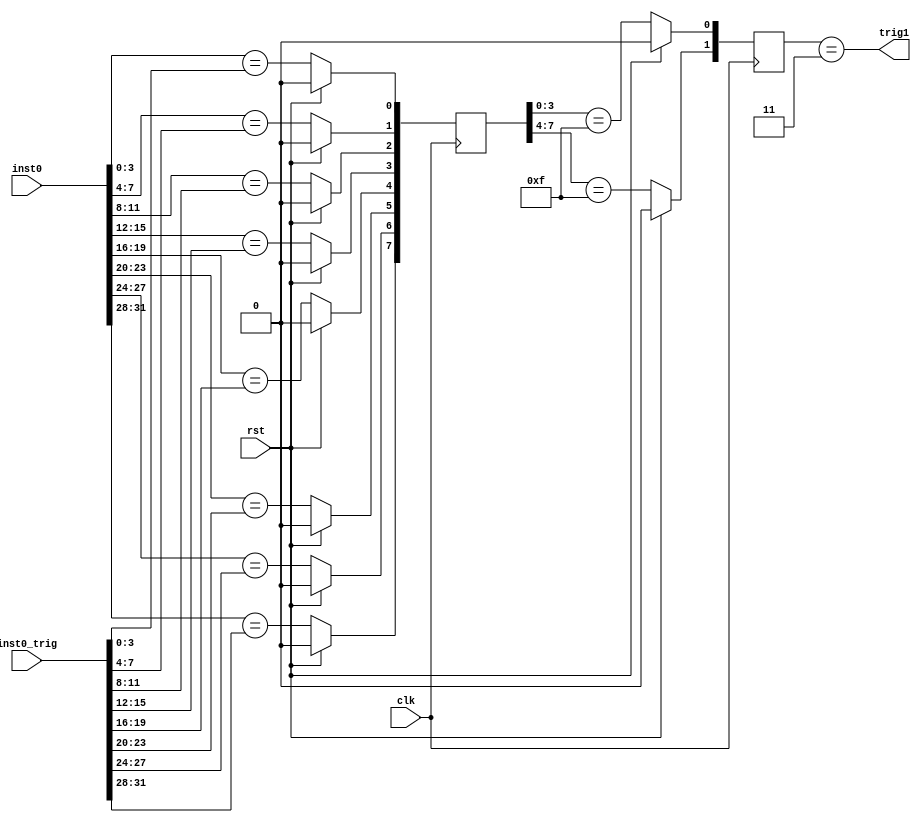
module knockout_trigger
  (
   input wire [31:0] inst0,
   input wire [31:0] inst0_trig,
   input wire 	     clk,
   input wire	     rst,
   output wire	     trig1
   );

   reg [7:0] 	     inst0_level1;
   reg [1:0] 	     inst0_level2;

   assign trig1 = (inst0_level2 == 2'b11);
   // assign trig1 = (inst0 == inst0_trig);
   // assign trig2 = (inst1 == inst1_trig);
   
   always @ (posedge clk) begin
      if (rst) begin
   	 inst0_level2 <= 0;
   	 inst0_level1 <= 0;
      end
      else begin
   	 inst0_level1[0] <= (inst0[3:0] == inst0_trig[3:0]);
   	 inst0_level1[1] <= (inst0[7:4] == inst0_trig[7:4]);
   	 inst0_level1[2] <= (inst0[11:8] == inst0_trig[11:8]);
   	 inst0_level1[3] <= (inst0[15:12] == inst0_trig[15:12]);
   	 inst0_level1[4] <= (inst0[19:16] == inst0_trig[19:16]);
   	 inst0_level1[5] <= (inst0[23:20] == inst0_trig[23:20]);
   	 inst0_level1[6] <= (inst0[27:24] == inst0_trig[27:24]);
   	 inst0_level1[7] <= (inst0[31:28] == inst0_trig[31:28]);
   	 inst0_level2[0] <= (inst0_level1[3:0] == 4'b1111);
   	 inst0_level2[1] <= (inst0_level1[7:4] == 4'b1111);
      end // else: !if(rst)
   end

endmodule